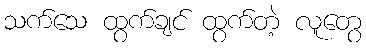
သက်သေ ထွက်ချင် ထွက်တဲ့ လူတွေ